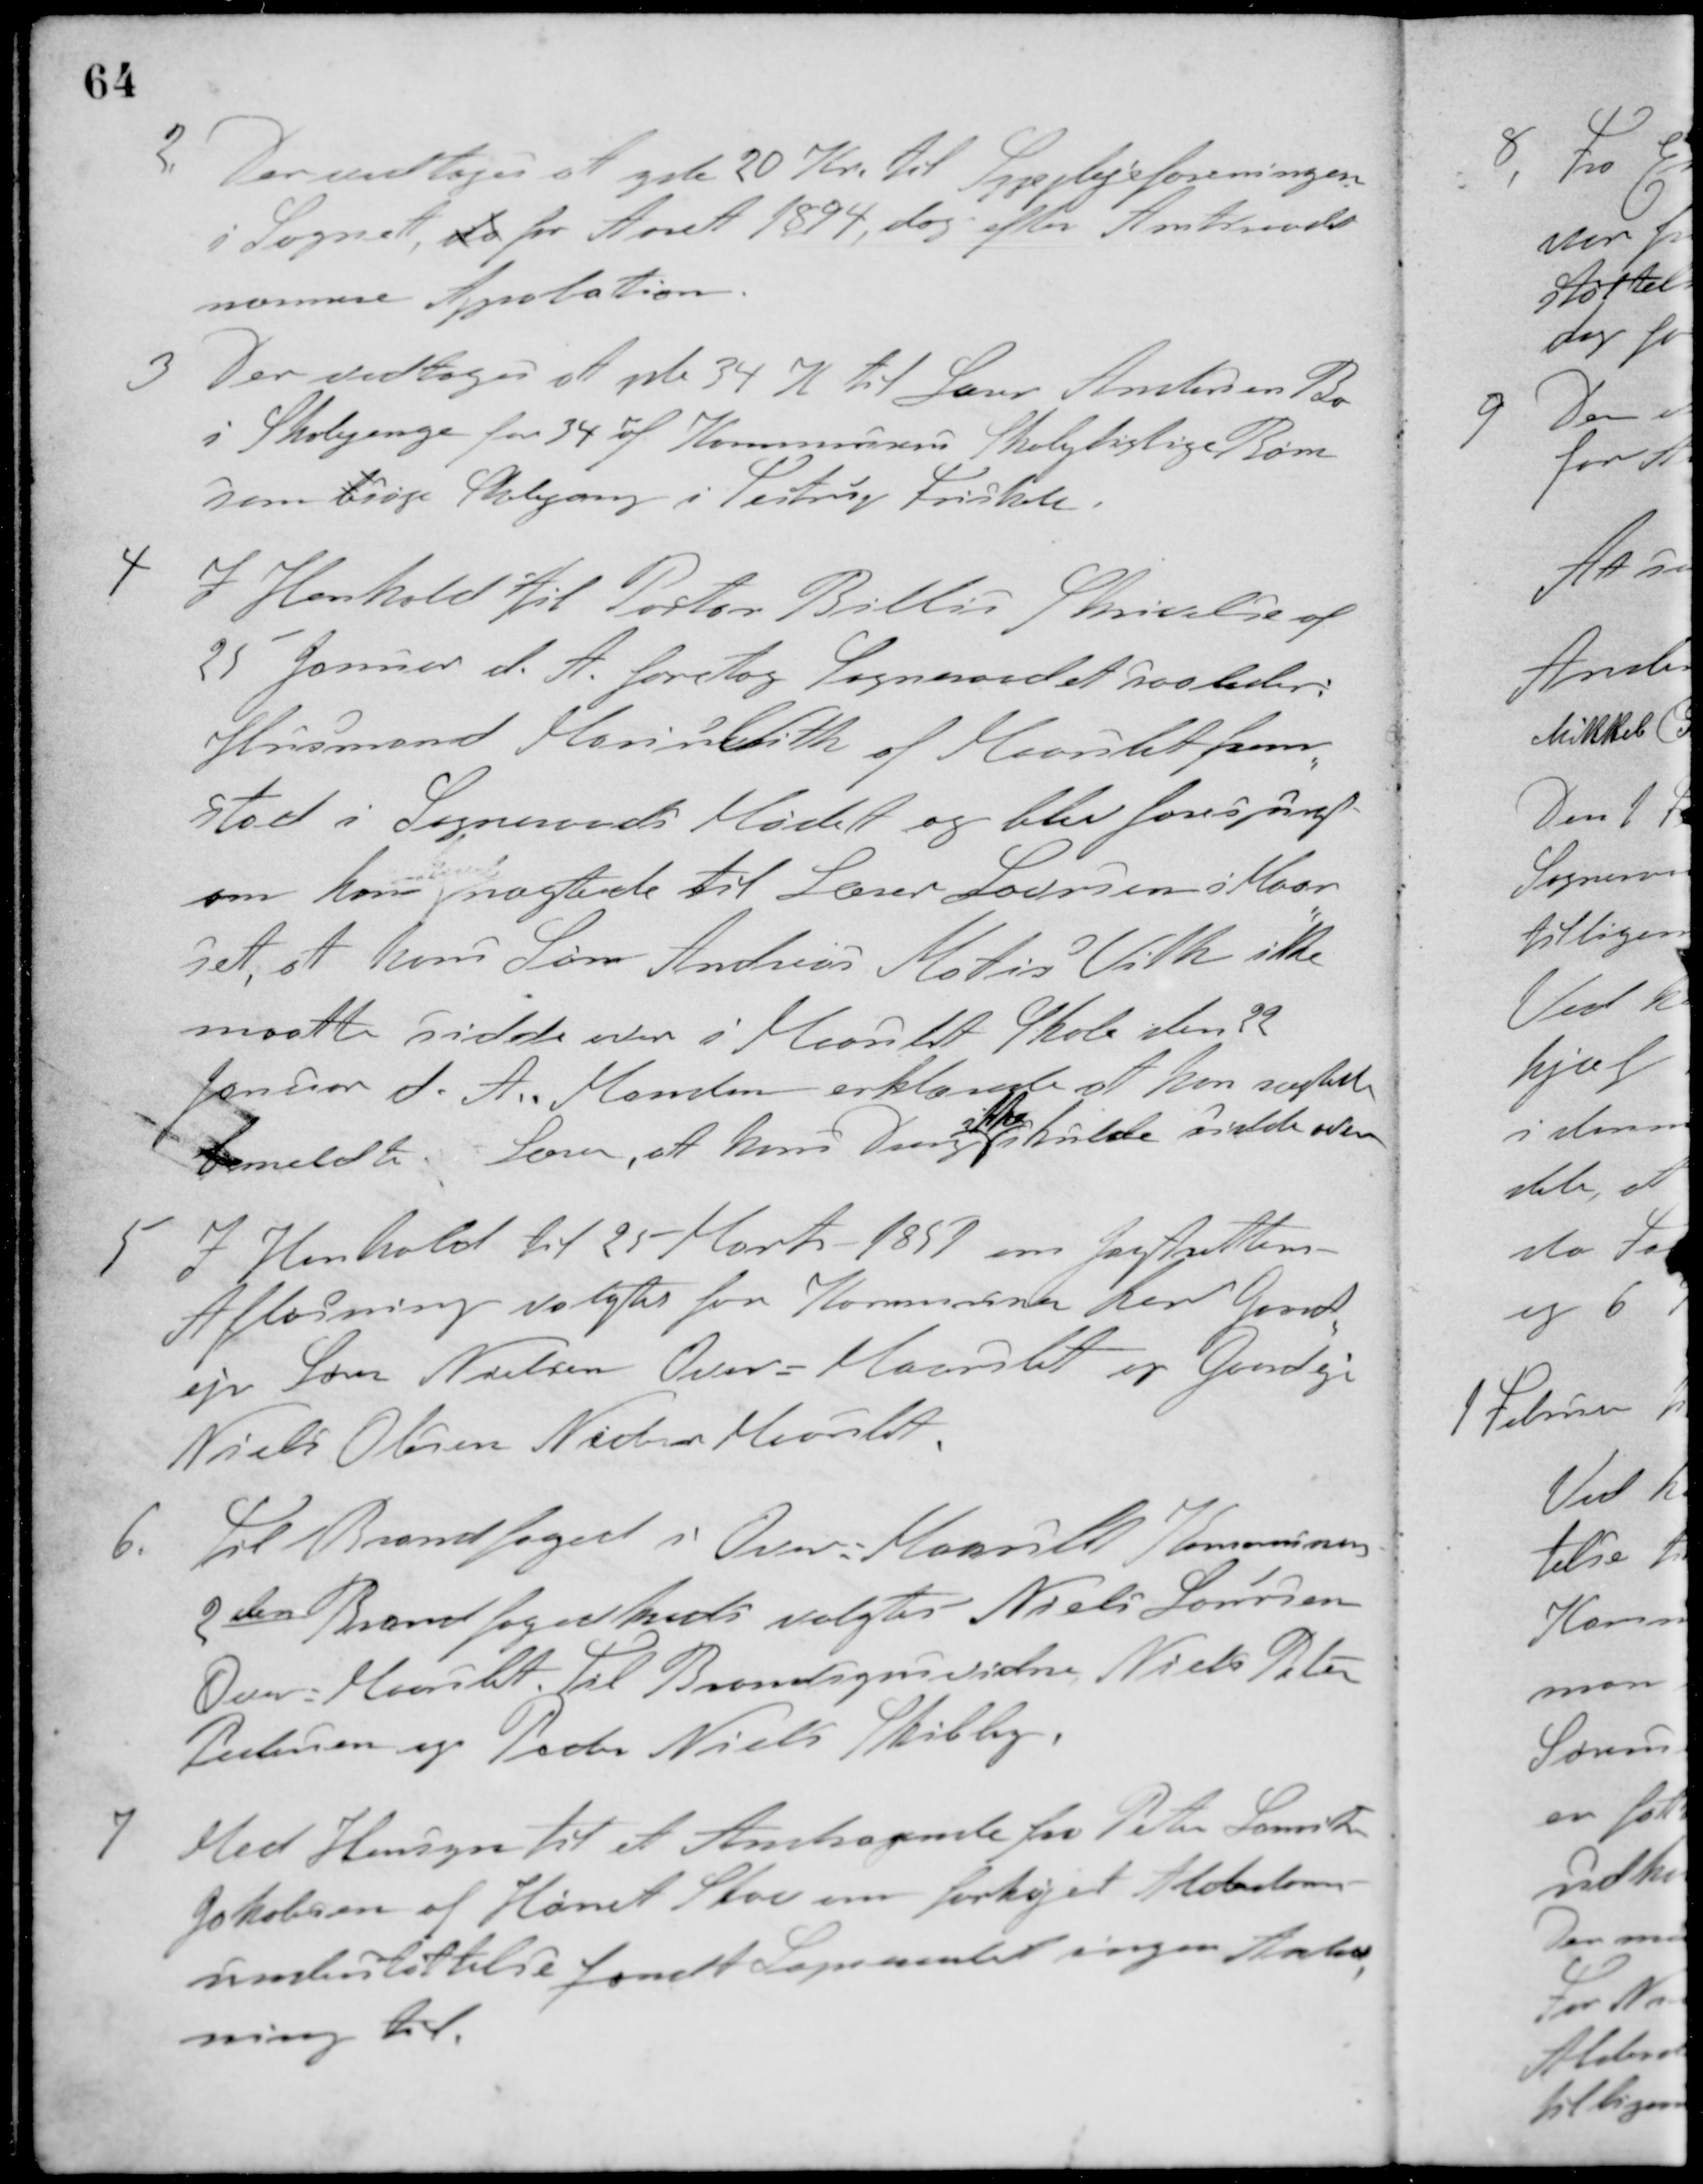
Transskription:
2. Der vedtoges at yde 20 Kr. til Sygeplejeforeningen
i Sognet, da for Aaret 1894, dog efter Amtsraadets
nærmere Aprobation
3 Der vedtoges at yde 34 K til Lærer Andersens Bo
i Skolepenge for 34 af Kommunens Skolepligtige Børn
som bsøge Skolegang i Testrup Friskole.
4 I Henhold til Pastor Billes Skrivelse af
25 Januar d. A. foretog Sogneraadet saaledes:
Husmand Marius Vith af Maarslet frem-
stod i Sogneraads Mødet og blev forespurgt
om han
xxkend
nægtede til Lærer Laursen i Maar-
slet, at hans Søn Andreas Matis Vith ikke
maatte sidde over i Maarslet Skole den 22
Januar d. A. Manden erklærede at han nægtede
bemeldte Lærer, at hans Dreng
ikke
skulde sidde over
5 I Henhold til 25 Marts 1859 om Jagtrettens
Afløsning valgtes for Kommunen her Gaard-
ejer Søren Nielsen Over-Maarslet og Gaardejer
Niels Olesen Nedre-Maarslet.
6. Til Brandfoged i Over-Maarslet Kommunes
2den Brandfogedkreds valgtes Niels Laursen
Over-Maarslet, til Brandsynsvidne Niels Peter
Pedersen og Peder Niels Skibby.
7 Med Hensyn til et Andragende fra Peter Laurits
Jakobsen af Hørret Skov om forhøjet Alderdoms-
understøttelse fandt Sogneraadet ingen Anled-
ning til.